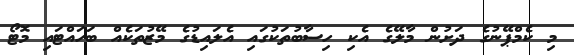
މި ކެމްޕޭނުގެ ދަށުން މާލޭގެ އެކި ހިސާބުތަކުގައި އެލައިޑުގެ މޭޒުތަކެއް ބަހައްޓައި މޮޓޯ